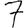
Digit: 7